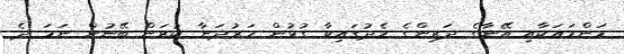
މަންމައަކާއި އޭނާގެ ދަރިންގެ މެދުގައިވާ ގުޅުން ހަރުދަނާ ކުރަން ބޭނުން ނަމަ ދެ